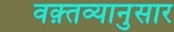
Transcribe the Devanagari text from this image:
वक़्तव्यानुसार